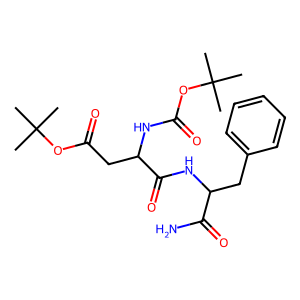
SMILES: CC(C)(C)OC(=O)CC(NC(=O)OC(C)(C)C)C(=O)NC(Cc1ccccc1)C(N)=O
Inhibits HIV replication: Yes